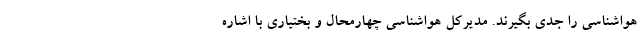
هواشناسی را جدی بگیرند. مدیرکل هواشناسی چهارمحال و بختیاری با اشاره